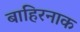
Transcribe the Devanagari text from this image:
बाहिरनाक